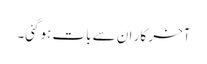
آخر کار ان سے بات ہوگئی۔